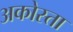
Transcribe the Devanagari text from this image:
अकोस्ता